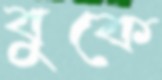
বুকে